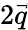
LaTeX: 2\vec{q}